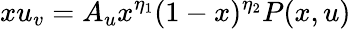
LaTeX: xu_{v}=A_{u}x^{\eta_{1}}(1-x)^{\eta_{2}}P(x,u)